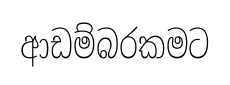
ආඩම්බරකමට